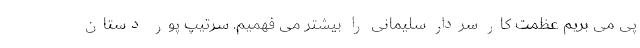
پی می بریم عظمت کار سردار سلیمانی را بیشتر می فهمیم. سرتیپ پور دستان